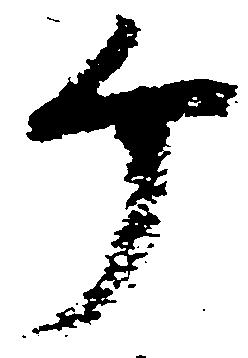
个